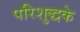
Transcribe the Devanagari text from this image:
परिशुद्धके